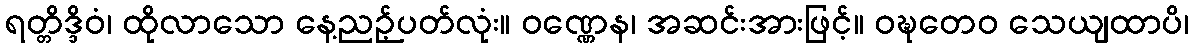
ရတ္တိဒ္ဒိဝံ၊ ထိုလာသော နေ့ညဉ့်ပတ်လုံး။ ဝဏ္ဏေန၊ အဆင်းအားဖြင့်။ ဝဍ္ဎတေဝ သေယျထာပိ၊